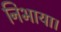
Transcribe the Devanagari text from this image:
निभाया।